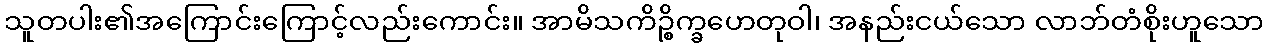
သူတပါး၏အကြောင်းကြောင့်လည်းကောင်း။ အာမိသကိဉ္စိက္ခဟေတုဝါ၊ အနည်းငယ်သော လာဘ်တံစိုးဟူသော